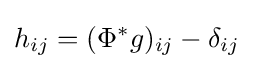
h_{ij}=(\Phi ^{\ast }g)_{ij}-\delta _{ij}